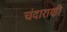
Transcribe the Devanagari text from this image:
चंदाराणी